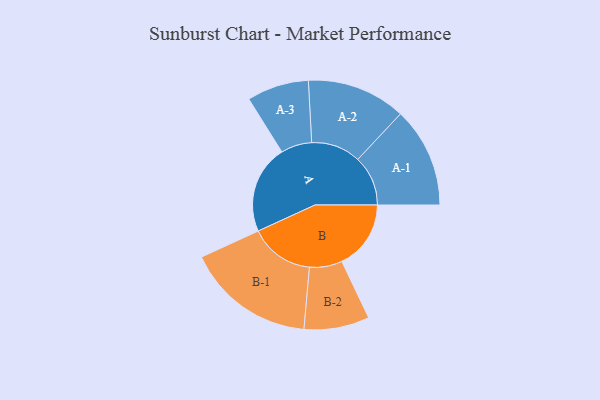
{"axis": {"x": "Segment", "y": "Value"}, "legend": ["", "A", "B"], "data": [{"x": "A", "y": 411, "type": ""}, {"x": "B", "y": 321, "type": ""}, {"x": "A-1", "y": 233, "type": "A"}, {"x": "A-2", "y": 230, "type": "A"}, {"x": "A-3", "y": 144, "type": "A"}, {"x": "B-1", "y": 300, "type": "B"}, {"x": "B-2", "y": 152, "type": "B"}]}